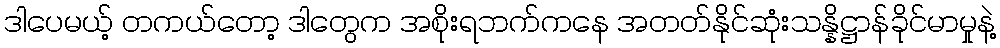
ဒါပေမယ့် တကယ်တော့ ဒါတွေက အစိုးရဘက်ကနေ အတတ်နိုင်ဆုံးသန္နိဋ္ဌာန်ခိုင်မာမှုနဲ့